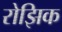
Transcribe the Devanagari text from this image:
रोझिक